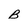
Character: B